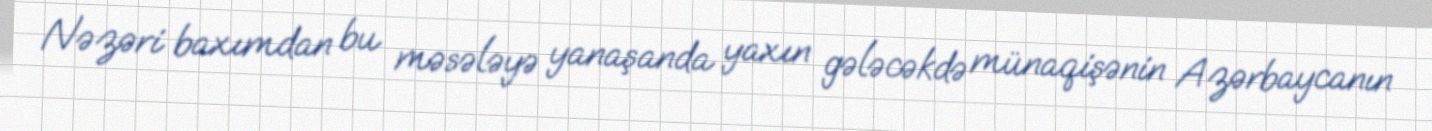
Nəzəri baxımdan bu məsələyə yanaşanda yaxın gələcəkdə münaqişənin Azərbaycanın